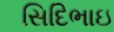
સિદિભાઇ